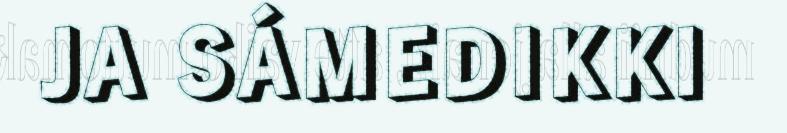
JA SÁMEDIKKI